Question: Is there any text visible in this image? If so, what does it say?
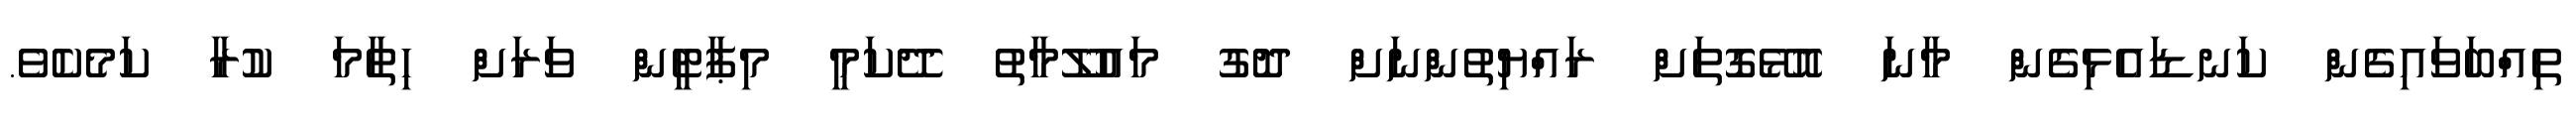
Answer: ތިއްބަވައިގެން ކަނޑައެޅިގެން މާނަ އޮޅޭގޮތަށް ރައްޔިތުންނަށް ދޮގު މައުލޫމާތު ދޭކަމީ މިޕާޓީން ވަރަށް ހިތާމަ ކުރާ ކަމެކެވެ.